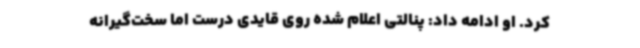
کرد. او ادامه داد: پنالتی اعلام شده روی قایدی درست اما سخت‌گیرانه